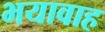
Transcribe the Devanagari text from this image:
भयावाह